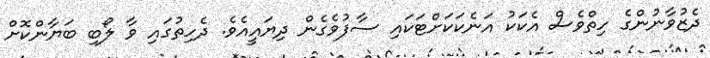
ދެޒުވާނުންގެ ހިތްވެސް އެކަކު އަނެކަކަށްޓަކައި ސާފުވެގެން ދިޔައީއެވެ. ދެހިތުގައި ވާ ލޯބި ބަޔާންކޮށް